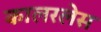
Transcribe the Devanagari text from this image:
कालरलेस